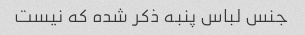
جنس لباس پنبه ذکر شده که نیست